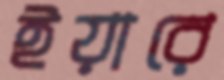
ইয়ারে